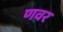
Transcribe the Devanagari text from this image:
णवर